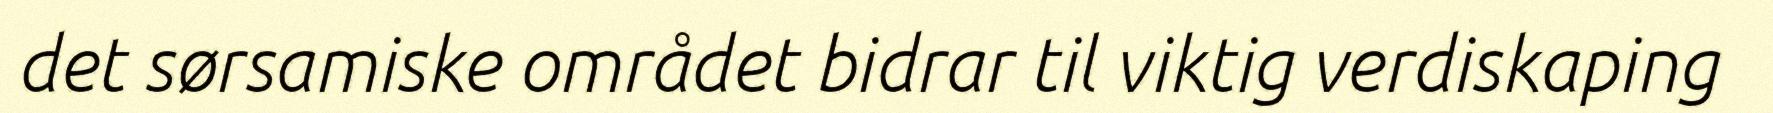
det sørsamiske området bidrar til viktig verdiskaping